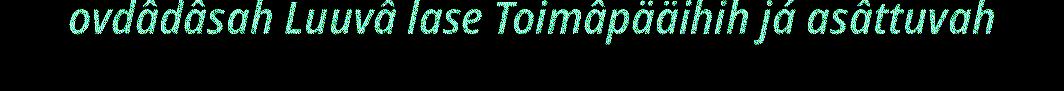
ovdâdâsah Luuvâ lase Toimâpääihih já asâttuvah